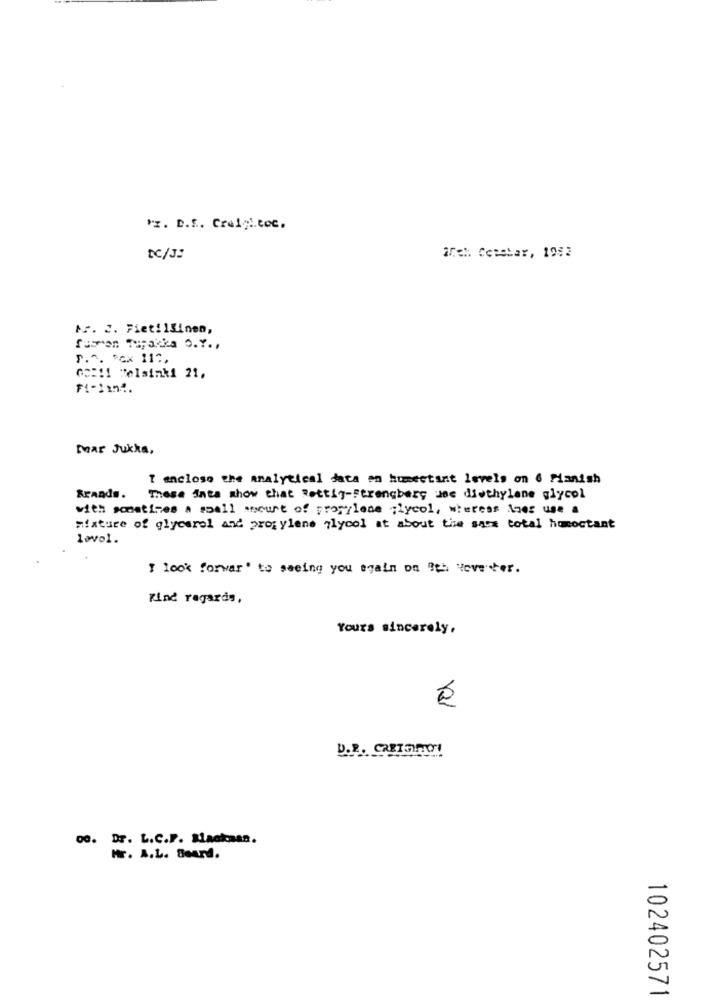
Pz. D.f. Creighton.
DC/3:
arch. Cepolar, 1982
Mr. S. Fietillinen,
fusmon Tupakka O.Y. ,
P.^. ^Cx 117,
002 !! Helsinki 21.
FI-11n !.
Mar Jukka,
I enclose the analytical data en humectant levels on 6 Manish
Brands.
These Inta show that Rettig-Ferengberg use diethylene glycol
with sometimes a small amount of propylene ;lycol, whereas Anes use a
mixture of glycerol and propylene glycol at about the sacs total homostant
lovol.
I look forwar' to seeing you again on 9th Hove ter.
Kind regards,
Yours sincerely,
D.P. CREIGHTON
00. Dr. L.C.P. Slackaan.
Hr. A.L. Beard.
102402571